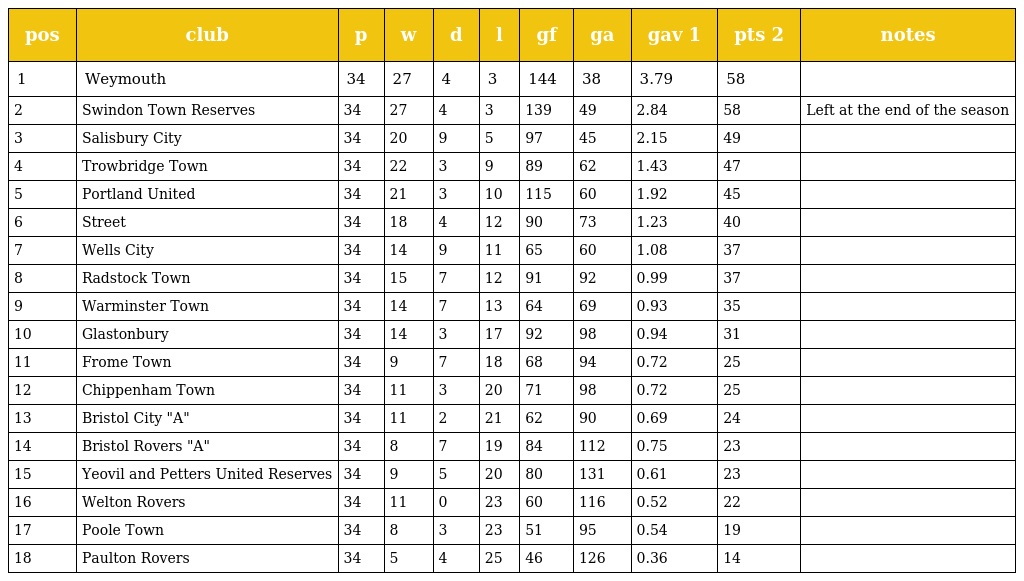
| pos | club | p | w | d | l | gf | ga | gav 1 | pts 2 | notes |
 | --- | --- | --- | --- | --- | --- | --- | --- | --- | --- | --- |
 | 1 | Weymouth | 34 | 27 | 4 | 3 | 144 | 38 | 3.79 | 58 |  |
 | 2 | Swindon Town Reserves | 34 | 27 | 4 | 3 | 139 | 49 | 2.84 | 58 | Left at the end of the season |
 | 3 | Salisbury City | 34 | 20 | 9 | 5 | 97 | 45 | 2.15 | 49 |  |
 | 4 | Trowbridge Town | 34 | 22 | 3 | 9 | 89 | 62 | 1.43 | 47 |  |
 | 5 | Portland United | 34 | 21 | 3 | 10 | 115 | 60 | 1.92 | 45 |  |
 | 6 | Street | 34 | 18 | 4 | 12 | 90 | 73 | 1.23 | 40 |  |
 | 7 | Wells City | 34 | 14 | 9 | 11 | 65 | 60 | 1.08 | 37 |  |
 | 8 | Radstock Town | 34 | 15 | 7 | 12 | 91 | 92 | 0.99 | 37 |  |
 | 9 | Warminster Town | 34 | 14 | 7 | 13 | 64 | 69 | 0.93 | 35 |  |
 | 10 | Glastonbury | 34 | 14 | 3 | 17 | 92 | 98 | 0.94 | 31 |  |
 | 11 | Frome Town | 34 | 9 | 7 | 18 | 68 | 94 | 0.72 | 25 |  |
 | 12 | Chippenham Town | 34 | 11 | 3 | 20 | 71 | 98 | 0.72 | 25 |  |
 | 13 | Bristol City "A" | 34 | 11 | 2 | 21 | 62 | 90 | 0.69 | 24 |  |
 | 14 | Bristol Rovers "A" | 34 | 8 | 7 | 19 | 84 | 112 | 0.75 | 23 |  |
 | 15 | Yeovil and Petters United Reserves | 34 | 9 | 5 | 20 | 80 | 131 | 0.61 | 23 |  |
 | 16 | Welton Rovers | 34 | 11 | 0 | 23 | 60 | 116 | 0.52 | 22 |  |
 | 17 | Poole Town | 34 | 8 | 3 | 23 | 51 | 95 | 0.54 | 19 |  |
 | 18 | Paulton Rovers | 34 | 5 | 4 | 25 | 46 | 126 | 0.36 | 14 |  |